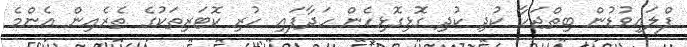
ފްލައިވުޑުން ބިތްޖަހާ ކުދި ކުދި ގޮޅިގޮޅިހެން ހަދާފައި ހުރި ކޮޓަރިތަކުގެ ތެރެއިން އެންމެ